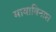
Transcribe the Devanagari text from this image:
मायाविनाश